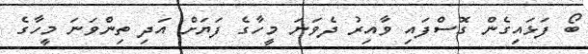
ބޯ ފަޅައިގެން ގޮސްފައި ވާއިރު ދެވަނަ މީހާގެ ފަޔަށް އަދި ތިންވަނަ މީހާގެ